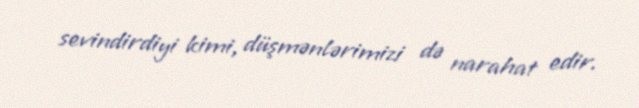
sevindirdiyi kimi, düşmənlərimizi də narahat edir.